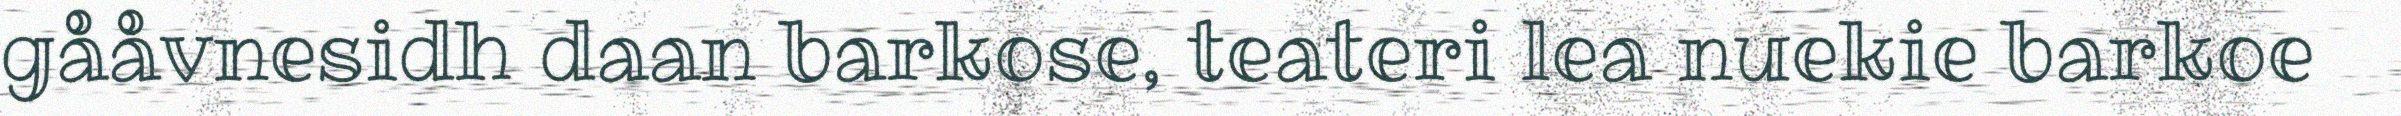
gååvnesidh daan barkose, teateri lea nuekie barkoe